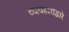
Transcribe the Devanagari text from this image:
व्यवहारांद्वारे